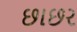
છાછર